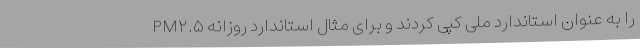
را به عنوان استاندارد ملی کپی کردند و برای مثال استاندارد روزانه PM۲.۵